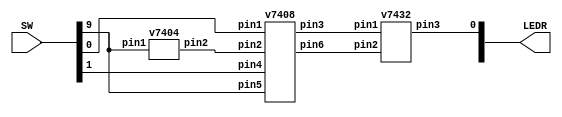
`timescale 1ns / 1ns // `timescale time_unit/time_precision


//SW[9] select signals

//LEDR[0] output display

module mux(LEDR, SW);

   input [9:0] SW;
   output [9:0] LEDR;
 
	wire w1, w2, w3; //wires that connect

	v7404 i0(
				.pin1(SW[9]),.pin2(w1)); //uses NOT chip
   v7408 i1(
				.pin1(SW[0]),
				.pin2(w1),
				.pin3(w2),
				.pin4(SW[1]),
				.pin5(SW[9]),
				.pin6(w3)
	); //uses AND chip
	v7432 i2(
				.pin1(w2),
				.pin2(w3),
				.pin3(LEDR[0])
	); //uses OR chip
	
endmodule

module v7404 (input pin1, pin3, pin5, pin9, pin11, pin13, output pin2, pin4, pin6, pin8, pin10, pin12); //NOT CHIP

	assign pin2 = !pin1;
	assign pin4 = !pin3;
	assign pin6 = !pin5;
	assign pin8 = !pin9;
	assign pin10 = !pin11;
	assign pin12 = !pin13;

endmodule

module v7408 (input pin1, pin2, pin4, pin5, pin9, pin10, pin12, pin13, output pin3, pin6, pin8, pin11); //AND CHIP
	
	assign pin3 = pin1 & pin2;
	assign pin6 = pin4 & pin5;
	assign pin8 = pin9 & pin10;
	assign pin11 = pin12 & pin13;

endmodule

module v7432 (input pin1, pin2, pin4, pin5, pin9, pin10, pin12, pin13, output pin3, pin6, pin8, pin11); //OR CHIP

	assign pin3 = pin1 | pin2;
	assign pin6 = pin4 | pin5;
	assign pin8 = pin9 | pin10;
	assign pin11 = pin12 | pin13;

endmodule